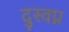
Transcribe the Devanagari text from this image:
दुस्वप्न